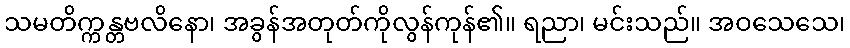
သမတိက္ကန္တဗလိနော၊ အခွန်အတုတ်ကိုလွန်ကုန်၏။ ရညာ၊ မင်းသည်။ အဝသေသေ၊